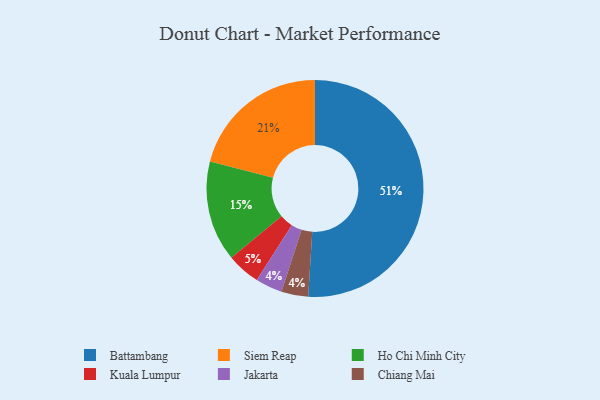
{"axis": {"x": "Category", "y": "Percentage"}, "legend": ["Battambang", "Chiang Mai", "Ho Chi Minh City", "Jakarta", "Kuala Lumpur", "Siem Reap"], "data": [{"x": "Kuala Lumpur", "y": 5, "type": "Kuala Lumpur"}, {"x": "Ho Chi Minh City", "y": 15, "type": "Ho Chi Minh City"}, {"x": "Siem Reap", "y": 21, "type": "Siem Reap"}, {"x": "Jakarta", "y": 4, "type": "Jakarta"}, {"x": "Battambang", "y": 51, "type": "Battambang"}, {"x": "Chiang Mai", "y": 4, "type": "Chiang Mai"}]}